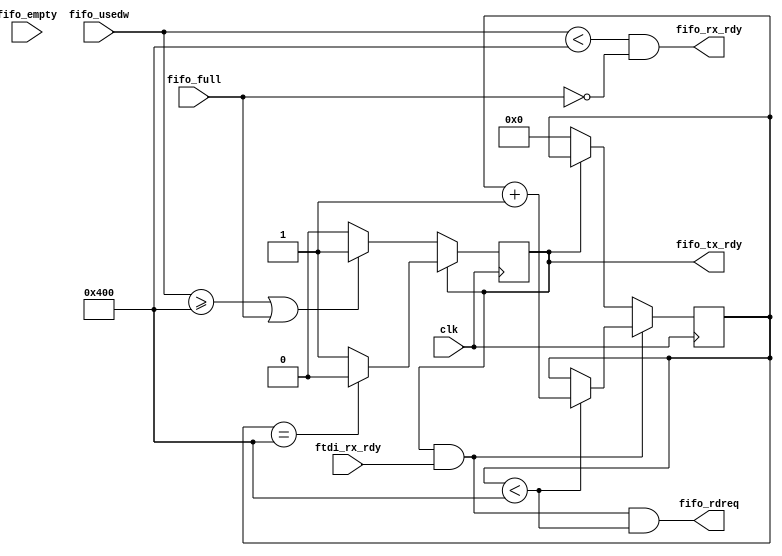
module fifo_to_ftdi_controller (
	input clk,
	input [10:0] fifo_usedw,
	input fifo_empty,
	input fifo_full,
	output reg fifo_tx_rdy,
	input ftdi_rx_rdy,
	output fifo_rdreq,
	output fifo_rx_rdy
);

parameter OFF = 0,
			 ON  = 1;
			 
parameter FALSE = 0,
			 TRUE = 1;

parameter NUMBER_OF_8B_WORDS_IN_KBYTE = 1024;

assign fifo_rx_rdy = (fifo_usedw < NUMBER_OF_8B_WORDS_IN_KBYTE) && (fifo_full == FALSE);

wire KBYTE_IS_RDY = (fifo_usedw >= NUMBER_OF_8B_WORDS_IN_KBYTE) || (fifo_full == TRUE);

reg[10:0] byte_cnt;

always@(posedge clk)
begin
	if(fifo_tx_rdy == OFF)
		begin
			if(KBYTE_IS_RDY == ON)
				begin
					fifo_tx_rdy = ON;
				end
			else
				begin
					fifo_tx_rdy = OFF;
				end
		end
	else
		begin
			if(byte_cnt == NUMBER_OF_8B_WORDS_IN_KBYTE)
				begin
					fifo_tx_rdy = OFF;
				end
			else
				begin
					fifo_tx_rdy = ON;
				end
		end
end


always@(posedge clk)
begin
	if(rx_tx_rdy == ON)
		begin
			if(byte_cnt < NUMBER_OF_8B_WORDS_IN_KBYTE)
				begin
					byte_cnt = byte_cnt + 1;
				end
		end
	else if(fifo_tx_rdy == OFF)
		begin
			byte_cnt = 0;
		end
end
			 
wire rx_tx_rdy = (fifo_tx_rdy == ON) && (ftdi_rx_rdy == ON);

assign fifo_rdreq = (rx_tx_rdy == TRUE) && (byte_cnt < NUMBER_OF_8B_WORDS_IN_KBYTE);


endmodule